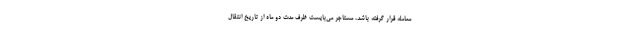
معامله قرار گرفته باشد، مستاجر می‌بایست ظرف مدت دو ماه از تاریخ انتقال